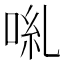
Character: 𠴄